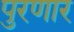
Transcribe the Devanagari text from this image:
पुरणार